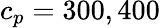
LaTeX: c_{p}=300,400